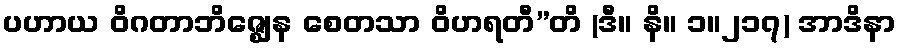
ပဟာယ ဝိဂတာဘိဇ္ဈေန စေတသာ ဝိဟရတီ”တိ (ဒီ။ နိ။ ၁။၂၁၇) အာဒိနာ